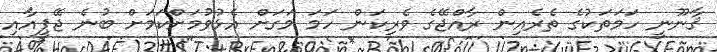
ޤާނޫނީ ހަމަތަކުގެ ތެރެއިން ރާއްޖޭގެ ވެރިކަން ހަމަ މަގަށް އެޅުވުމަށްކަމަށް ބުނެ ޖޭޕީއާއި